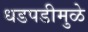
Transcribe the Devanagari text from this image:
धडपडीमुळे